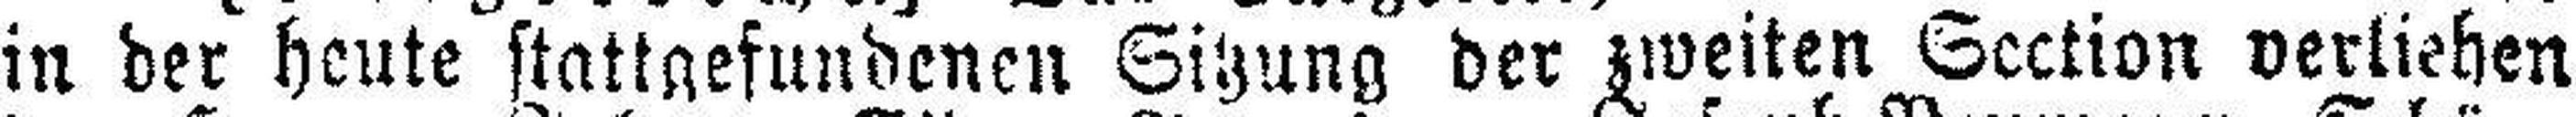
in der heute stattgefundenen Sitzung der zweiten Section verliehen